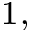
^ { 1 , }